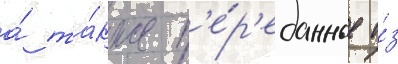
а́ та́кже п'е́р'еданные и́з